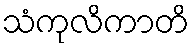
သံကုလိကာတိ